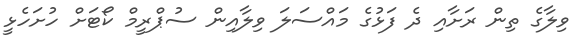
ވިލާގެ ތިން ރަށާއި ދެ ފަޅުގެ މައްސަލަ ވިލާއިން ސުޕްރީމް ކޯޓަށް ހުށަހެޅީ